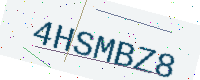
Text: 4HSMBZ8